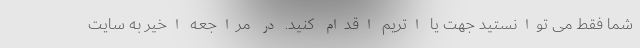
شما فقط می توانستید جهت یا اتریم اقدام کنید. در مراجعه اخیر به سایت